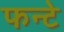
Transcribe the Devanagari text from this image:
फन्टे